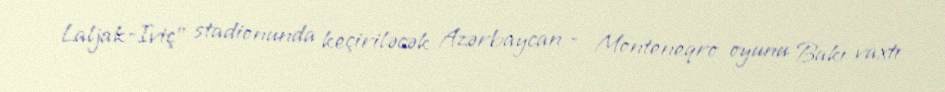
Laljak-Iviç” stadionunda keçiriləcək Azərbaycan - Monteneqro oyunu Bakı vaxtı